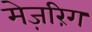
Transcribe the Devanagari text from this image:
मेज़रिंग